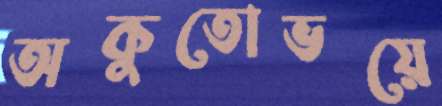
অকুতোভয়ে